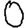
Digit: 0